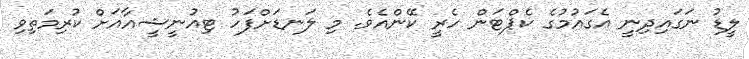
ލީޑު ނަގައިދިނީ އެގައުމުގެ ކެޕްޓަން ހެރީ ކޭންއެވެ. މި ލަނޑަށްފަހު ޓިއުނީޝީއާއަށް ކުރިމަތިވި